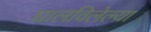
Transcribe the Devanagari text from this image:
घालविलेल्या